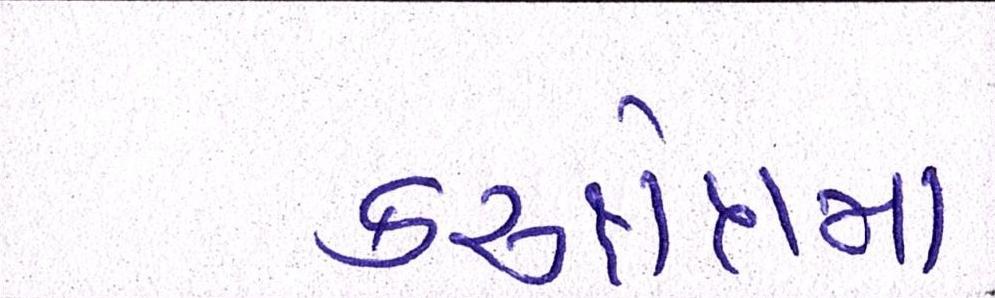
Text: કરુક્ષેત્રમાં